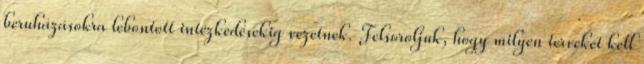
beruházásokra lebontott intézkedésekig vezetnek. Felsoroljuk, hogy milyen terveket kell